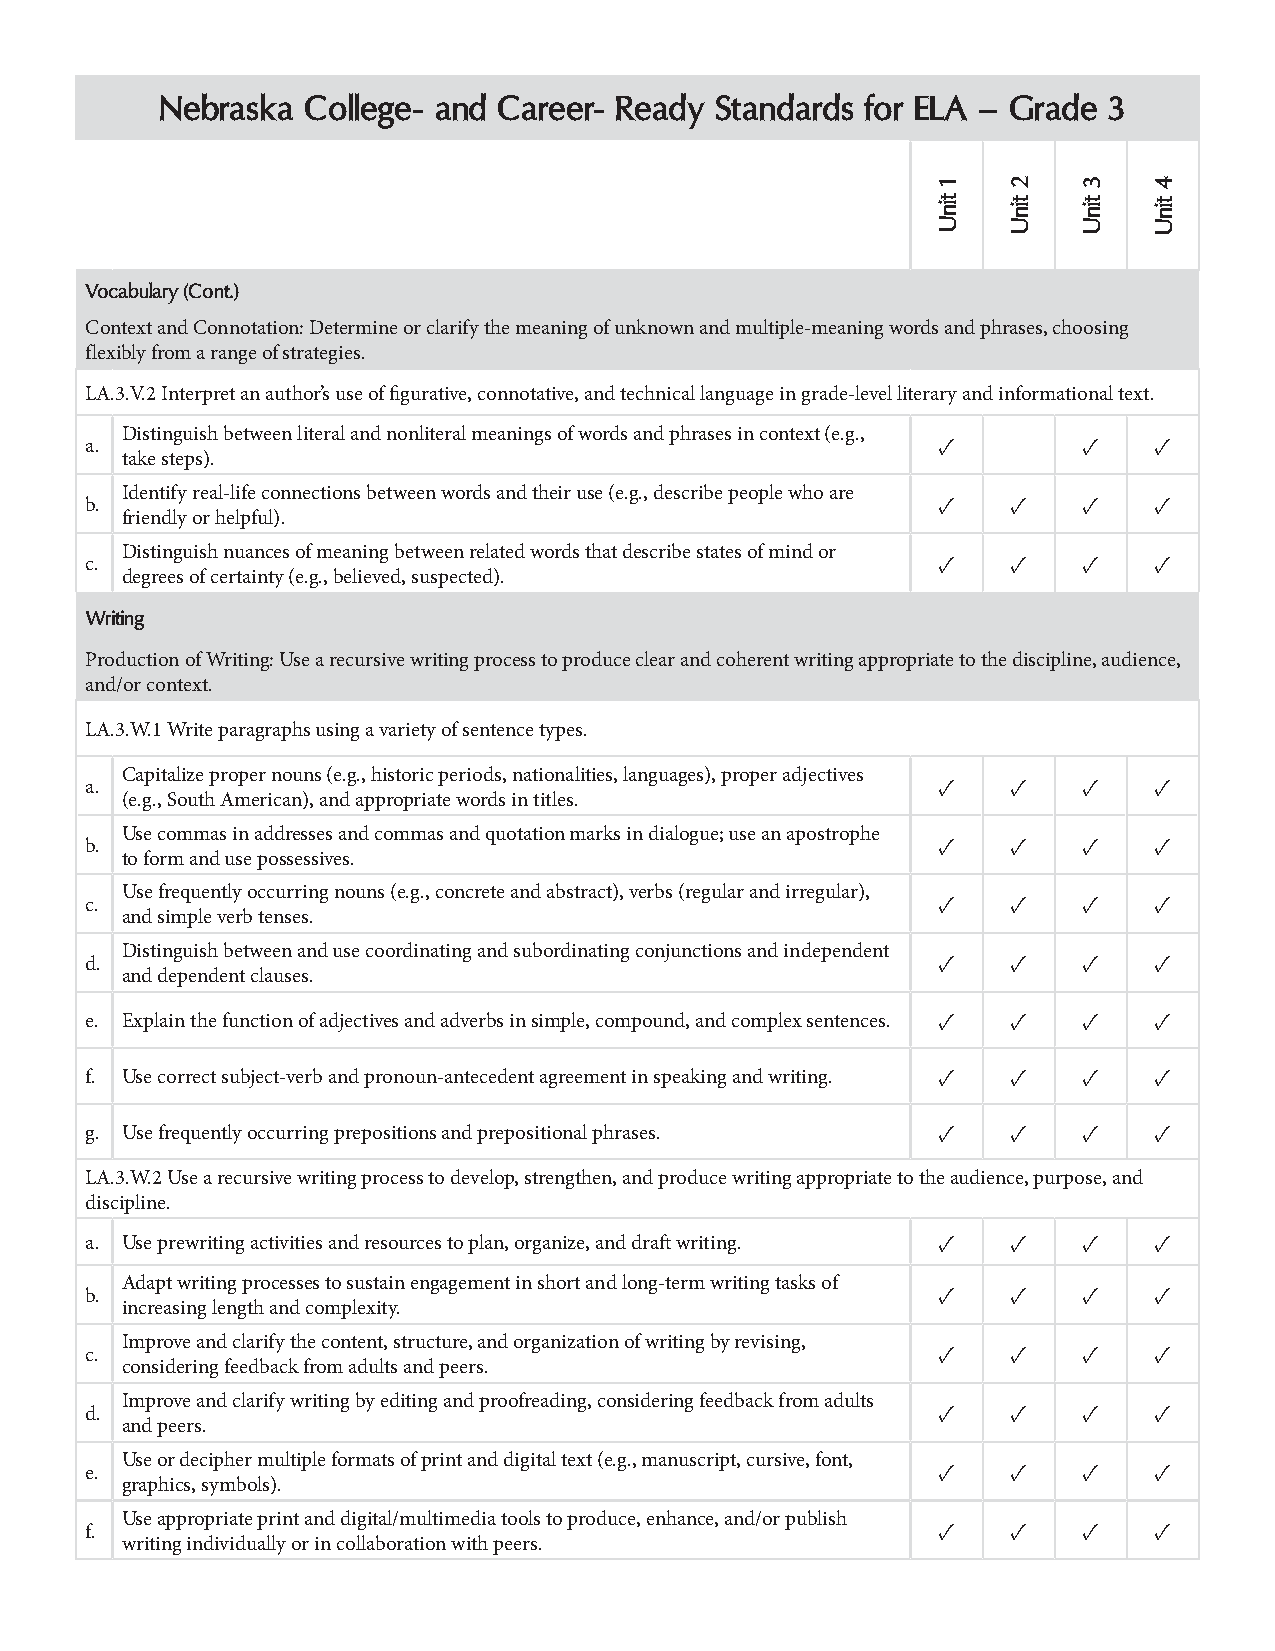
Nebraska College- and Career- Ready Standards for ELA – Grade 3
 Vocabulary (Cont.)
 Context and Connotation: Determine or clarify the meaning of unknown and multiple-meaning words and phrases, choosing
 flexibly from a range of strategies.
 LA.3.V.2 Interpret an author’s use of figurative, connotative, and technical language in grade-level literary and informational text.
 Distinguish between literal and nonliteral meanings of words and phrases in context (e.g.,
 a.                                                      ✓         ✓   ✓
 take steps).
 Identify real-life connections between words and their use (e.g., describe people who are
 b.                                                      ✓    ✓    ✓   ✓
 friendly or helpful).
 Distinguish nuances of meaning between related words that describe states of mind or
 c.                                                      ✓    ✓    ✓   ✓
 degrees of certainty (e.g., believed, suspected).
 Writing
 Production of Writing: Use a recursive writing process to produce clear and coherent writing appropriate to the discipline, audience,
 and/or context.
 LA.3.W.1 Write paragraphs using a variety of sentence types.
 Capitalize proper nouns (e.g., historic periods, nationalities, languages), proper adjectives
 a.                                                      ✓    ✓    ✓   ✓
 (e.g., South American), and appropriate words in titles.
 Use commas in addresses and commas and quotation marks in dialogue; use an apostrophe
 b.                                                      ✓    ✓    ✓   ✓
 to form and use possessives.
 Use frequently occurring nouns (e.g., concrete and abstract), verbs (regular and irregular),
 c.                                                      ✓    ✓    ✓   ✓
 and simple verb tenses.
 Distinguish between and use coordinating and subordinating conjunctions and independent
 d.                                                      ✓    ✓    ✓   ✓
 and dependent clauses.
 e. Explain the function of adjectives and adverbs in simple, compound, and complex sentences. ✓ ✓ ✓ ✓
 f. Use correct subject-verb and pronoun-antecedent agreement in speaking and writing. ✓ ✓ ✓ ✓
 g. Use frequently occurring prepositions and prepositional phrases. ✓ ✓ ✓ ✓
 LA.3.W.2 Use a recursive writing process to develop, strengthen, and produce writing appropriate to the audience, purpose, and
 discipline.
 a. Use prewriting activities and resources to plan, organize, and draft writing. ✓ ✓ ✓ ✓
 Adapt writing processes to sustain engagement in short and long-term writing tasks of
 b.                                                      ✓    ✓    ✓   ✓
 increasing length and complexity.
 Improve and clarify the content, structure, and organization of writing by revising,
 c.                                                      ✓    ✓    ✓   ✓
 considering feedback from adults and peers.
 Improve and clarify writing by editing and proofreading, considering feedback from adults
 d.                                                      ✓    ✓    ✓   ✓
 and peers.
 Use or decipher multiple formats of print and digital text (e.g., manuscript, cursive, font,
 e.                                                      ✓    ✓    ✓   ✓
 graphics, symbols).
 Use appropriate print and digital/multimedia tools to produce, enhance, and/or publish
 f.                                                      ✓    ✓    ✓   ✓
 writing individually or in collaboration with peers.
 1
 tinU
 2
 tinU
 3
 tinU
 4
 tinU